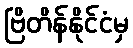
ဗြိတိန်နိုင်ငံမှ